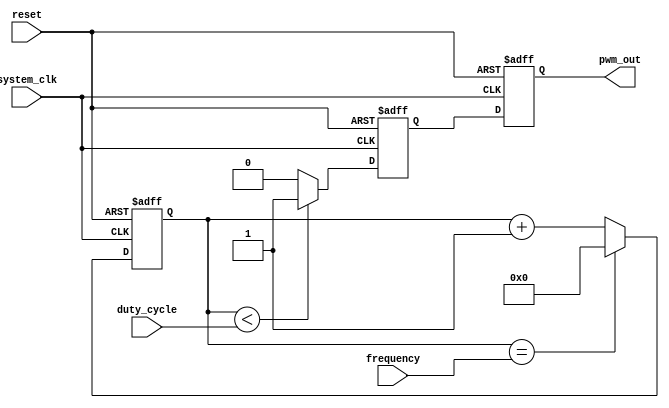
module pwm_timer (
    input wire system_clk,
    input wire reset,
    input wire [7:0] duty_cycle,
    input wire [15:0] frequency,
    output reg pwm_out
);

reg [15:0] counter;
reg pwm_out_reg;

// Clock divider for generating PWM frequency
always @(posedge system_clk or posedge reset) begin
    if (reset) begin
        counter <= 16'h0000;
    end else begin
        if (counter == frequency) begin
            counter <= 16'h0000;
        end else begin
            counter <= counter + 1;
        end
    end
end

// Comparator for setting duty cycle
always @(posedge system_clk or posedge reset) begin
    if (reset) begin
        pwm_out_reg <= 1'b0;
    end else begin
        if (counter < duty_cycle) begin
            pwm_out_reg <= 1'b1;
        end else begin
            pwm_out_reg <= 1'b0;
        end
    end
end

// Synchronization logic for PWM output
always @(posedge system_clk or posedge reset) begin
    if (reset) begin
        pwm_out <= 1'b0;
    end else begin
        pwm_out <= pwm_out_reg;
    end
end

endmodule